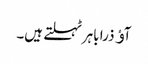
آﺅ ذرا باہرٹہلتے ہیں۔